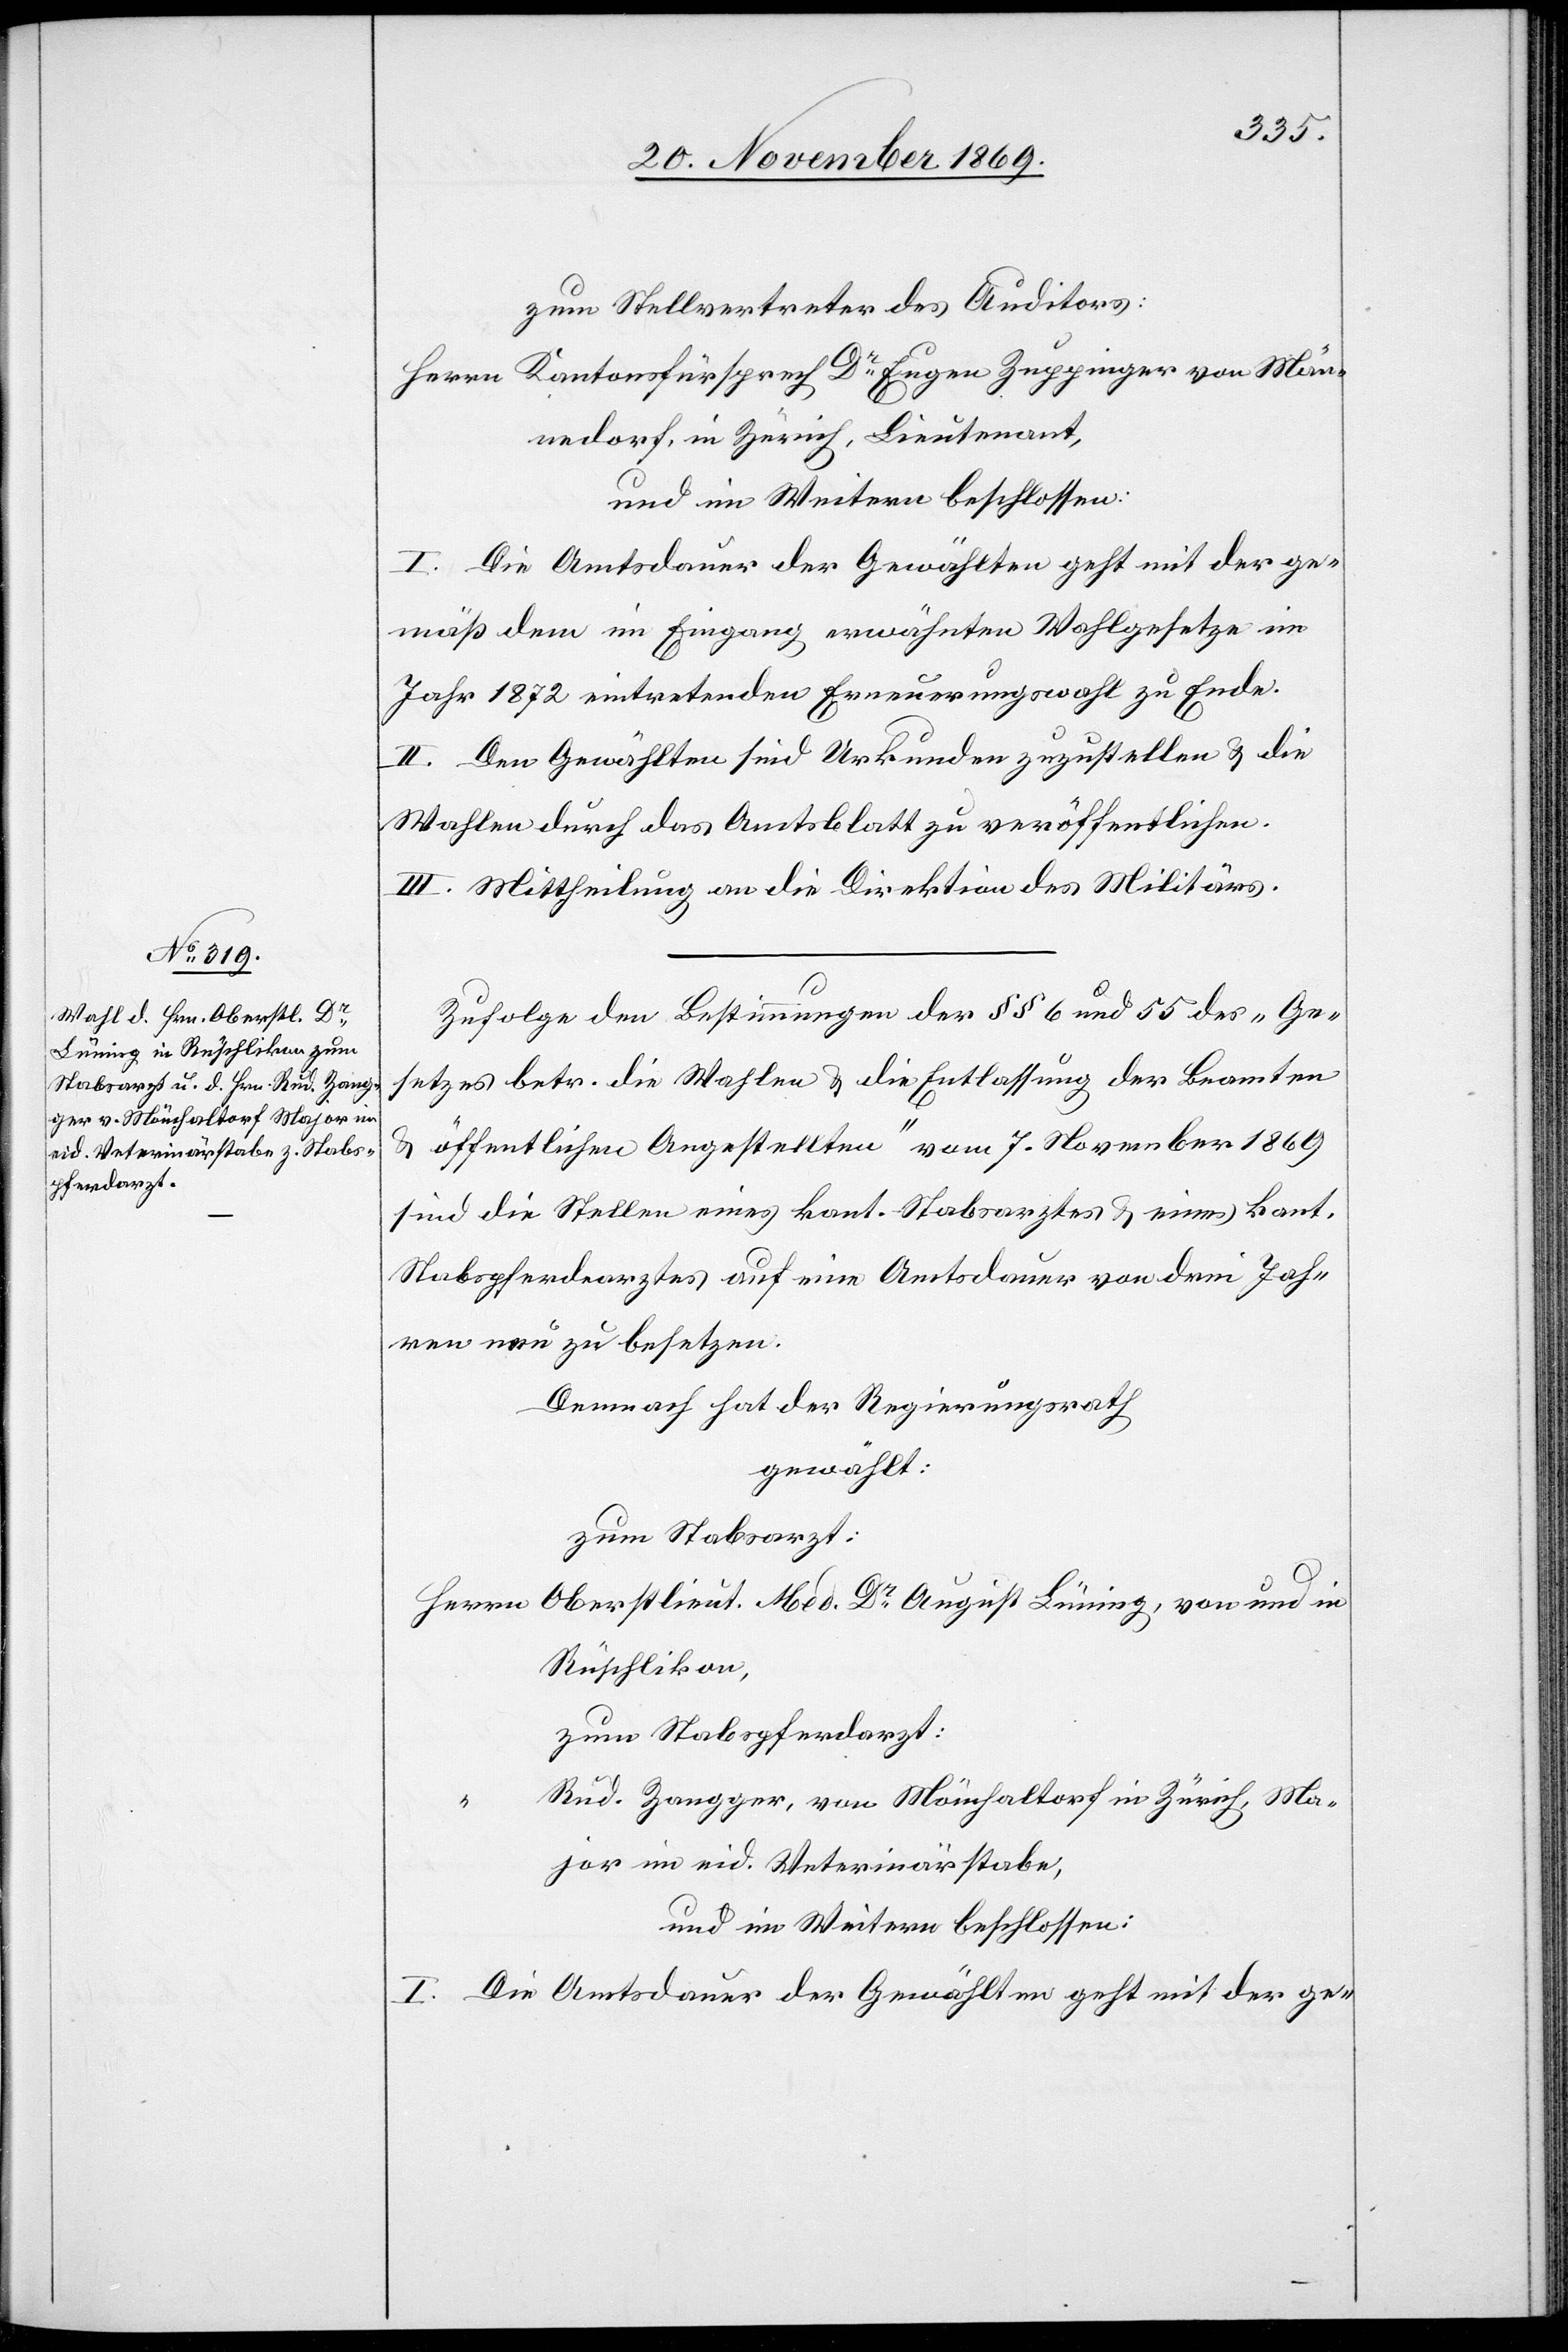
zum Stellvertreter des Auditors:
Herrn Kantonsfürsprech Dr Eugen Zuppinger von Män¬
nedorf, in Zürich, Lieutenant,
und im Weitern beschlossen:
I. Die Amtsdauer der Gewählten geht mit der ge¬
mäß dem im Eingang erwähnten Wahlgesetze im
Jahr 1872 eintretenden Erneuerungswahl zu Ende.
II. Den Gewählten sind Urkunden zuzustellen & die
Wahlen durch das Amtsblatt zu veröffentlichen.
III. Mittheilung an die Direktion des Militärs.
Zufolge den Bestimmungen der §§ 6 und 55 des „Ge¬
setzes betr. die Wahlen & die Entlassung der Beamten
& öffentlichen Angestellten“ vom 7. November 1869
sind die Stellen eines kant. Stabsarztes & eines kant.
Stabspferdearztes auf eine Amtsdauer von drei Jahr¬
en neu zu besetzen.
Demnach hat der Regierungsrath
gewählt:
zum Stabsarzt:
Herrn Oberstlieut. Med. Dr August Lüning, von und in
Rüschlikon,
zum Stabspferdarzt:
Rud. Zangger, von Mönchaltorf in Zürich, Ma¬
jor im eid. Veterinärstabe,
und im Weitern beschlossen:
I. Die Amtsdauer der Gewählten geht mit der ge-